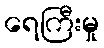
ရေကြီးမှု